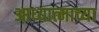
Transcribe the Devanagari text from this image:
आध्यात्माच्या